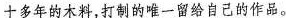
十多年的木料，打制的唯一留给自己的作品。